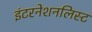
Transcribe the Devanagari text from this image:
इंटरनेशनलिस्ट